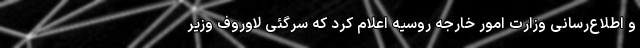
و اطلاع‌رسانی وزارت امور خارجه روسیه اعلام کرد که سرگئی لاوروف وزیر